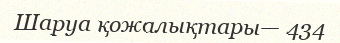
Шаруа қожалықтары— 434